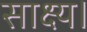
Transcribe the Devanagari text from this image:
साक्ष्य।